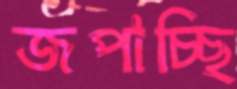
জপাচ্ছি